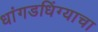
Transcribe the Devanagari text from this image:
धांगडधिंग्याचा